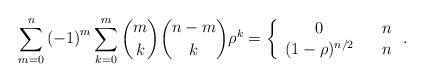
LaTeX: \begin{align*}\sum_{m=0}^{n}\left( -1\right) ^{m}\sum_{k=0}^{m}\binom{m}{k}\binom{n-m}{k}\rho ^{k}=\left\{ \begin{array}{ccc}0 & & n \\ (1-\rho )^{n/2} & & n\end{array}\right. . \end{align*}